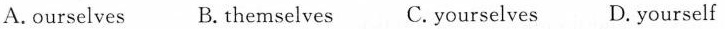
A.ourselves B. themselves C.yourselves D. yourself